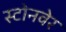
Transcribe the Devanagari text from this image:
स्टोनवेर